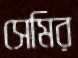
সেমির